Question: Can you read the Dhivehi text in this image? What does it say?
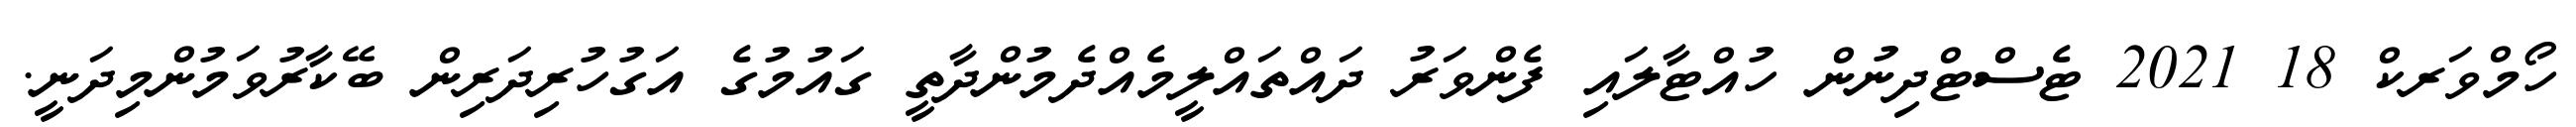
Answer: ހޯމްވަރކް 18 2021 ޓެސްޓްދިނުން ހުއްޓާލައި ފެންވަރު ދައްތައްލީމެއްދެމުންދާތީ ގައުމުގެ އަގުހުރިދަރިން ބޭކާރުވަމުންމިދަނީ.